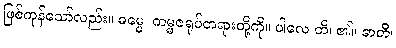
ဖြစ်ကုန်သော်လည်း။ ဓမ္မေ၊ ကမ္မဇရုပ်တရားတို့ကို။ ပါလေ တိ၊ ၏။ ဓာတိ၊